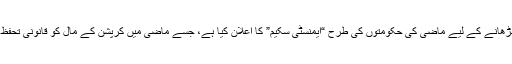
حکومت نے قومی محصولات بڑھانے کے لیے ماضی کی حکومتوں کی طرح “ایمنسٹی سکیم” کا اعلان کیا ہے، جسے ماضی میں کرپشن کے مال کو قانونی تحفظ دینے سے تعبیر کیا جا رہا تھا۔